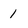
Character: 1